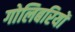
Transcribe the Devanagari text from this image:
गोलिबरियों